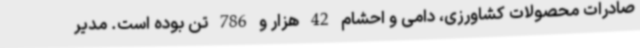
صادرات محصولات کشاورزی، دامی و احشام 42 هزار و 786 تن بوده است. مدیر